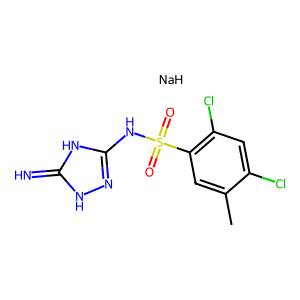
SMILES: Cc1cc(S(=O)(=O)Nc2n[nH]c(=N)[nH]2)c(Cl)cc1Cl.[NaH]
Inhibits HIV replication: No